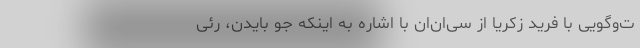
ت‌وگویی با فرید زکریا از سی‌ان‌ان با اشاره به اینکه جو بایدن، رئی